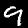
Label: 9